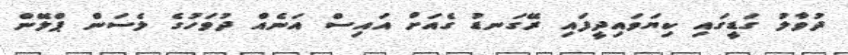
ދުވާލު ގަޑީގައި ކިޔަވައިދީފައި ރޭގަނޑު ގެއަށް އައިސް އަނެއް ދުވަހުގެ ލެސަން ޕްލޭން